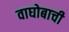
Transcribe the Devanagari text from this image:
वाघोबाची